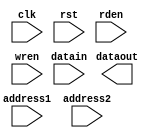
module squeezeexpandbank(clk, rst, rden, wren, address1, address2, datain, dataout);
reg [15:0] bank1 [0:111*111-1];
reg [15:0] bank2 [0:111*111-1];
reg [15:0] bank3 [0:111*111-1];
reg [15:0] bank4 [0:111*111-1];
reg [15:0] bank5 [0:111*111-1];
reg [15:0] bank6 [0:111*111-1];
reg [15:0] bank7 [0:111*111-1];
reg [15:0] bank8 [0:111*111-1];
input rden, wren, clk, rst;
input [16*8-1:0] datain;
reg [15:0] datainmem [0:7];
output [16*8-1:0] dataout;
reg [15:0] dataoutmem [0:7];
input [31:0] address1,address2;
integer i;
always @(*)
begin
    for (i=0; i<8;i=i+1)
        datainmem[i] <= datain[i*16+:16];
end
always @(posedge clk)
if (wren) begin
    bank1[address1] <= datainmem[0]; 
    bank2[address1] <= datainmem[1];
    bank3[address1] <= datainmem[2];
    bank4[address1] <= datainmem[3];
    bank5[address1] <= datainmem[4];
    bank6[address1] <= datainmem[5];
    bank7[address1] <= datainmem[6];
    bank8[address1] <= datainmem[7];
end

always @(*)
begin
    if (rden) begin
        dataoutmem[0] = bank1[address2];
        dataoutmem[1] = bank2[address2];
        dataoutmem[2] = bank3[address2];
        dataoutmem[3] = bank4[address2];
        dataoutmem[4] = bank5[address2];
        dataoutmem[5] = bank6[address2];
        dataoutmem[6] = bank7[address2];
        dataoutmem[7] = bank8[address2];
    end
end

endmodule